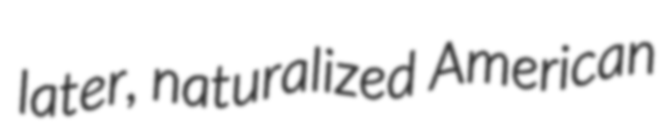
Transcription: later, naturalized American